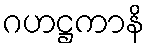
ဂဟဋ္ဌကာနိ